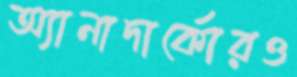
অ্যানাদার্কোরও